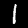
Label: 1